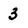
Character: 3